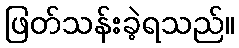
ဖြတ်သန်းခဲ့ရသည်။